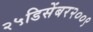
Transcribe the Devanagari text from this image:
२५डिसेंबर२००९